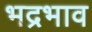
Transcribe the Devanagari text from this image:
भद्रभाव